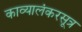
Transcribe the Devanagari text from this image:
काव्यालंकरसूत्र